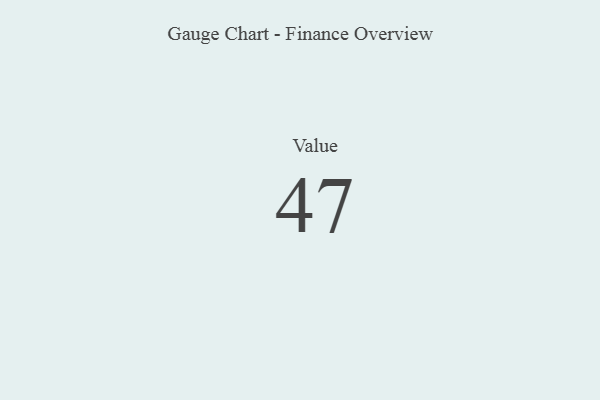
{"axis": {"x": "Metric", "y": "Value"}, "legend": [""], "data": [{"x": "Value", "y": 47, "type": ""}]}